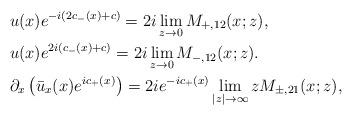
LaTeX: \begin{align*}&u(x)e^{-i(2c_-(x)+c)}=2 i\lim _{z\rightarrow 0}M_{+,12}(x;z),\\&u(x)e^{2i(c_-(x)+c)}=2 i\lim _{z\rightarrow 0}M_{-,12}(x;z).\\&\partial_x\left(\bar{u}_x(x) e^{ic_+(x)}\right)=2 i e^{-ic_+(x)} \lim _{|z|\rightarrow \infty}z M_{\pm,21}(x;z),\end{align*}